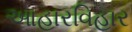
આહારવિહાર